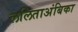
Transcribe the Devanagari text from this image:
ललिताअंबिका